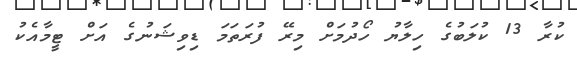
ކުރާ 13 ކުލަބުގެ ހިލާޔު ހޯދުމަށް މިރޭ ފުރަތަމަ ޑިވިޝަނުގެ އަށް ޓީމާއެކު